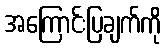
အကြောင်းပြချက်ကို